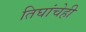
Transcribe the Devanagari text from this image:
तिघांचेही